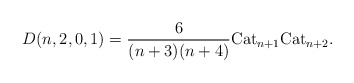
\begin{gather*} D(n,2,0,1)= \frac{6}{(n+3)(n+4)} {\rm Cat}_{n+1} {\rm Cat}_{n+2}. \end{gather*}